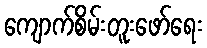
ကျောက်စိမ်းတူးဖော်ရေး